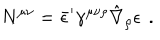
LaTeX: N ^ { \mu \nu } = \bar { \epsilon } ^ { \prime } \gamma ^ { \mu \nu \rho } \hat { \nabla } _ { \rho } \epsilon \, \ .